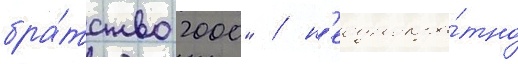
бра́тство 2000" / н'еоднокра́тно